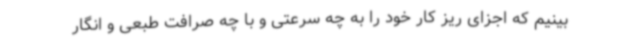
‌بینیم که اجزای ریز کار خود را به چه سرعتی و با چه صرافت طبعی و انگار